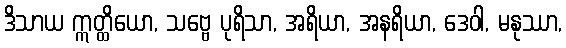
ဒိသာယ ဣတ္ထိယော, သဗ္ဗေ ပုရိသာ, အရိယာ, အနရိယာ, ဒေဝါ, မနုဿာ,